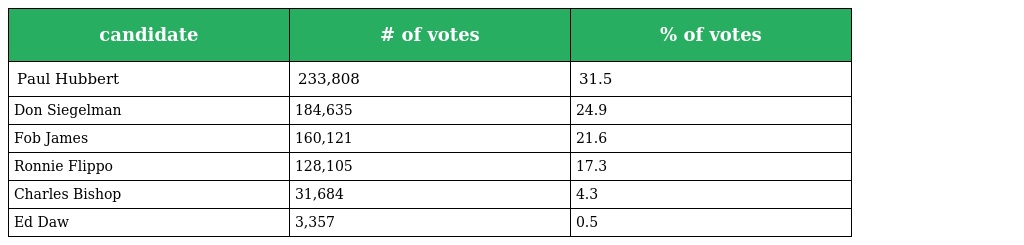
| candidate | # of votes | % of votes |
 | --- | --- | --- |
 | Paul Hubbert | 233,808 | 31.5 |
 | Don Siegelman | 184,635 | 24.9 |
 | Fob James | 160,121 | 21.6 |
 | Ronnie Flippo | 128,105 | 17.3 |
 | Charles Bishop | 31,684 | 4.3 |
 | Ed Daw | 3,357 | 0.5 |